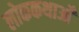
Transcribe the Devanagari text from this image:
लोककथाओँ